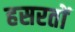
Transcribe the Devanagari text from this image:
हसरतों